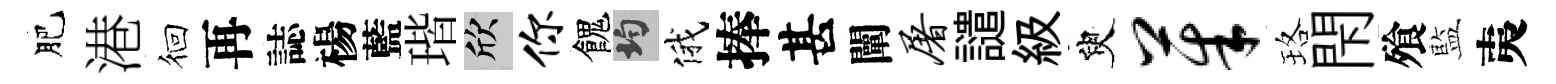
肥港徊再誌楊藍瑎欣你餽均俄捧甚闡屠譴級臾茱珞閇飱藍夷